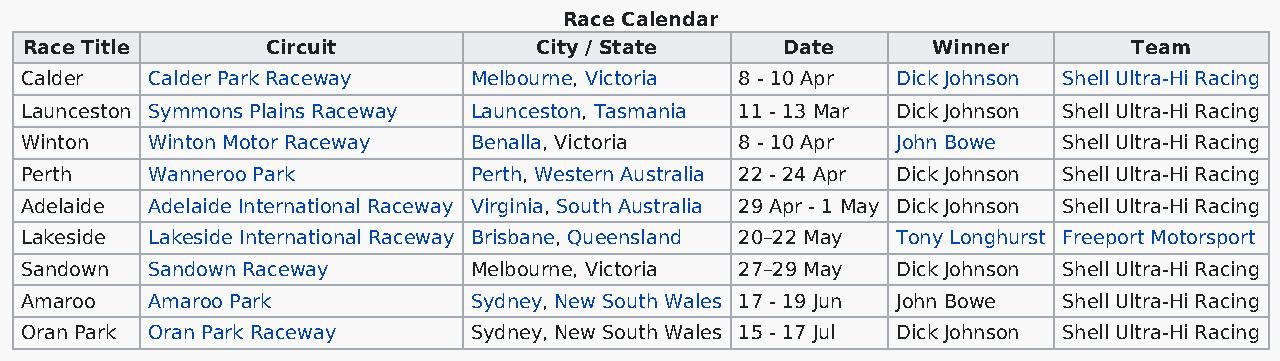
Race Calendar
 Race Title       Circuit          City / State     Date      Winner       Team
 Calder   Calder Park Raceway  Melbourne, Victoria 8 - 10 Apr Dick Johnson Shell Ultra-Hi Racing
 Launceston Symmons Plains Raceway Launceston, Tasmania 11 - 13 Mar Dick Johnson Shell Ultra-Hi Racing
 Winton   Winton Motor Raceway Benalla, Victoria 8 - 10 Apr John Bowe Shell Ultra-Hi Racing
 Perth    Wanneroo Park        Perth, Western Australia 22 - 24 Apr Dick Johnson Shell Ultra-Hi Racing
 Adelaide Adelaide International Raceway Virginia, South Australia 29 Apr - 1 May Dick Johnson Shell Ultra-Hi Racing
 Lakeside Lakeside International Raceway Brisbane, Queensland 20–22 May Tony Longhurst Freeport Motorsport
 Sandown  Sandown Raceway      Melbourne, Victoria 27–29 May Dick Johnson Shell Ultra-Hi Racing
 Amaroo   Amaroo Park          Sydney, New South Wales 17 - 19 Jun John Bowe Shell Ultra-Hi Racing
 Oran Park Oran Park Raceway   Sydney, New South Wales 15 - 17 Jul Dick Johnson Shell Ultra-Hi Racing